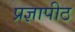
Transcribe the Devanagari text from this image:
प्रज्ञापीठ